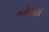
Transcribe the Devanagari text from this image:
खोरासं